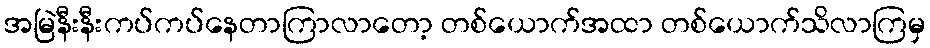
အမြဲနီးနီးကပ်ကပ်နေတာကြာလာတော့ တစ်ယောက်အထာ တစ်ယောက်သိလာကြမှ